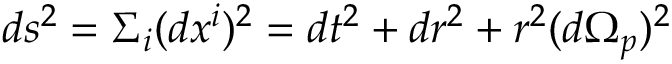
d s ^ { 2 } = { \Sigma } _ { i } ( d x ^ { i } ) ^ { 2 } = d t ^ { 2 } + d r ^ { 2 } + r ^ { 2 } ( d { \Omega } _ { p } ) ^ { 2 }